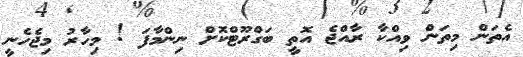
އެތަން މިތަން ވިއްކާ ރާއްޖެ އޮތީ ބަގްރޫޓްކޮށް ނިންމާފަ ! މިހާރު މިޖެހެނީ